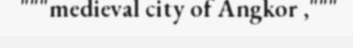
"""medieval city of Angkor ,"""